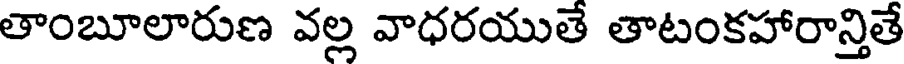
తాంబూలారుణ వల్ల వాధరయుతే తాటంకహారాన్తితే